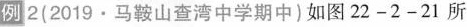
例 2 (2019 · 马鞍山查湾中学期中) 如图 22 - 2 - 21 所